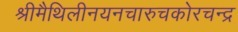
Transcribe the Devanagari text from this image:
श्रीमैथिलीनयनचारुचकोरचन्द्र